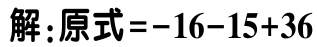
解：原式\(=-16 - 15 + 36\)